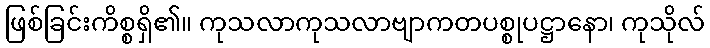
ဖြစ်ခြင်းကိစ္စရှိ၏။ ကုသလာကုသလာဗျာကတပစ္စုပဋ္ဌာနော၊ ကုသိုလ်